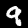
Digit: 9